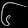
Digit: ၆